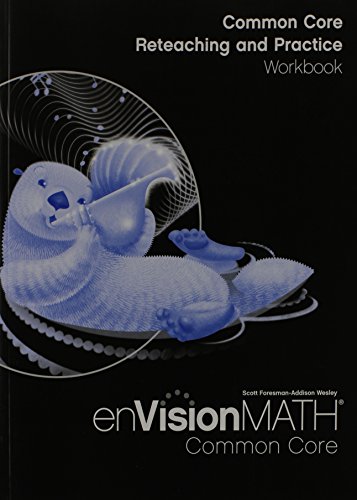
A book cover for Envision Math Common Core: Reteaching and Practice Workbook, Grade 3; Scott Foresman; Test Preparation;